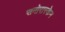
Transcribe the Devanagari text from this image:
समोरास्केन